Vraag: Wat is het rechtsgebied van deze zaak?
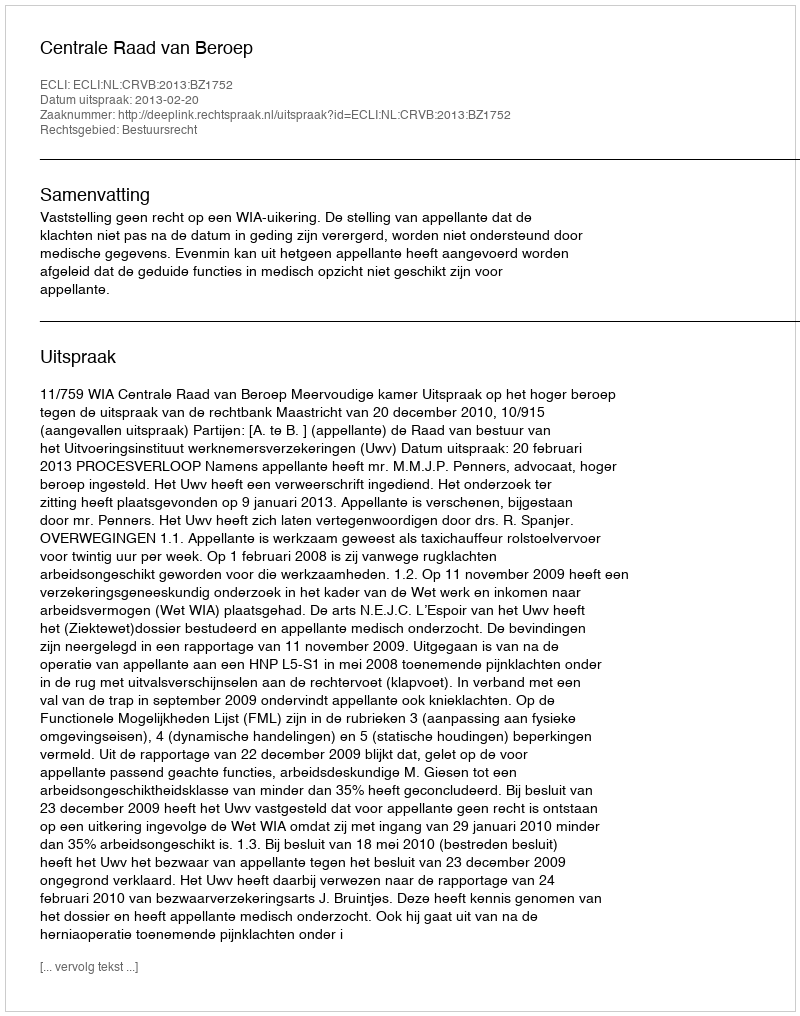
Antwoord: Bestuursrecht